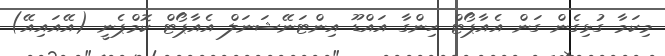
މިކަމާ ގުޅިގެން ގަން އެއާޕޯޓް ހިންގާ އައްޑޫ އިންޓަނޭޝަނަލް އެއާޕޯޓް ކޮމްޕެނީ (އޭއައިއޭ)